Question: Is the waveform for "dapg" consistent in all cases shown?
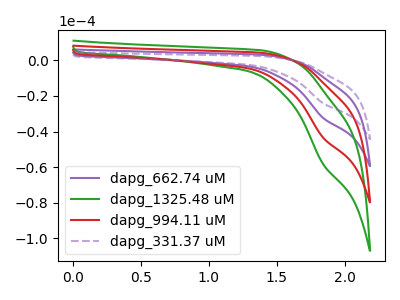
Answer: <think>The purple curve "dapg_662.74 uM" has a cathodic peak at: (1.85V, -32.30uA). The green curve "dapg_1325.48 uM" has a cathodic peak at: (1.85V, -96.90uA). The red curve "dapg_994.11 uM" has a cathodic peak at: (1.85V, -64.60uA). The purple dashed curve "dapg_331.37 uM" has a cathodic peak at: (1.85V, -24.05uA).
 All the peaks in "dapg_662.74 uM" have a peak in "dapg_1325.48 uM" at the same potential. Every peak in "dapg_662.74 uM" is lower than every peak in "dapg_1325.48 uM". All the peaks in "dapg_662.74 uM" have a peak in "dapg_994.11 uM" at the same potential. Every peak in "dapg_662.74 uM" is lower than every peak in "dapg_994.11 uM". All the peaks in "dapg_662.74 uM" have a peak in "dapg_331.37 uM" at the same potential. Every peak in "dapg_662.74 uM" is higher than every peak in "dapg_331.37 uM". All the peaks in "dapg_1325.48 uM" have a peak in "dapg_994.11 uM" at the same potential. Every peak in "dapg_1325.48 uM" is higher than every peak in "dapg_994.11 uM". All the peaks in "dapg_1325.48 uM" have a peak in "dapg_331.37 uM" at the same potential. Every peak in "dapg_1325.48 uM" is higher than every peak in "dapg_331.37 uM". All the peaks in "dapg_994.11 uM" have a peak in "dapg_331.37 uM" at the same potential. Every peak in "dapg_994.11 uM" is higher than every peak in "dapg_331.37 uM".</think>
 <answer>All the CV's of "dapg" have similar shape.</answer>
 <eval>follow_rule</eval>